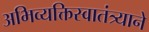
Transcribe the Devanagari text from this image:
अभिव्यक्तिस्वातंत्र्याने